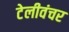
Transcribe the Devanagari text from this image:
टेलीवंचर